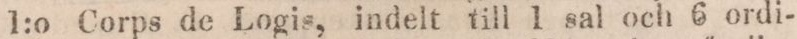
l:o corps de Logis, indelt till 1 sal och 6 ordi-